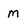
Character: m